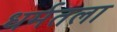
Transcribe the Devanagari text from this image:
धर्मतला